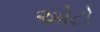
ઓટો